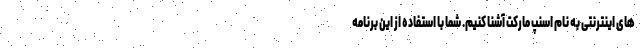
های اینترنتی به نام اسنپ مارکت آشنا کنیم. شما با استفاده از این برنامه